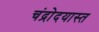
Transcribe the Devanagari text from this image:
चंद्रोदयास्त